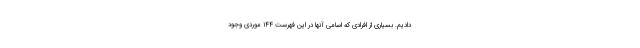
دادیم. بسیاری از افرادی که اسامی آنها در این فهرست ۱۴۴ موردی وجود